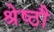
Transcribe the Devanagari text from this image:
श्रेष्ठौ